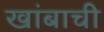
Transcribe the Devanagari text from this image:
खांबाची